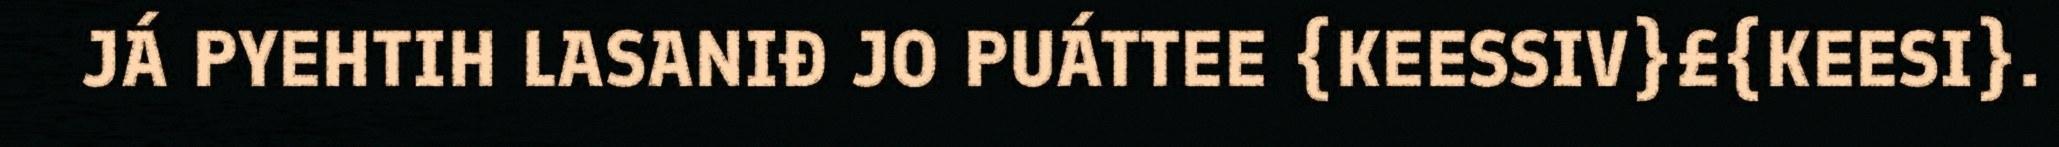
JÁ PYEHTIH LASANIĐ JO PUÁTTEE {KEESSIV}£{KEESI}.